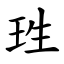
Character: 珄